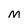
Character: m